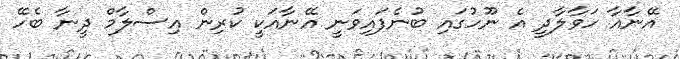
އޭނާއާ ހަވާލާދީ އެ ނޫހުގައި ބުނެފައިވަނީ އޭނާއަކީ ކުރިން އިސްލާމް ދީނާ ބެހޭ